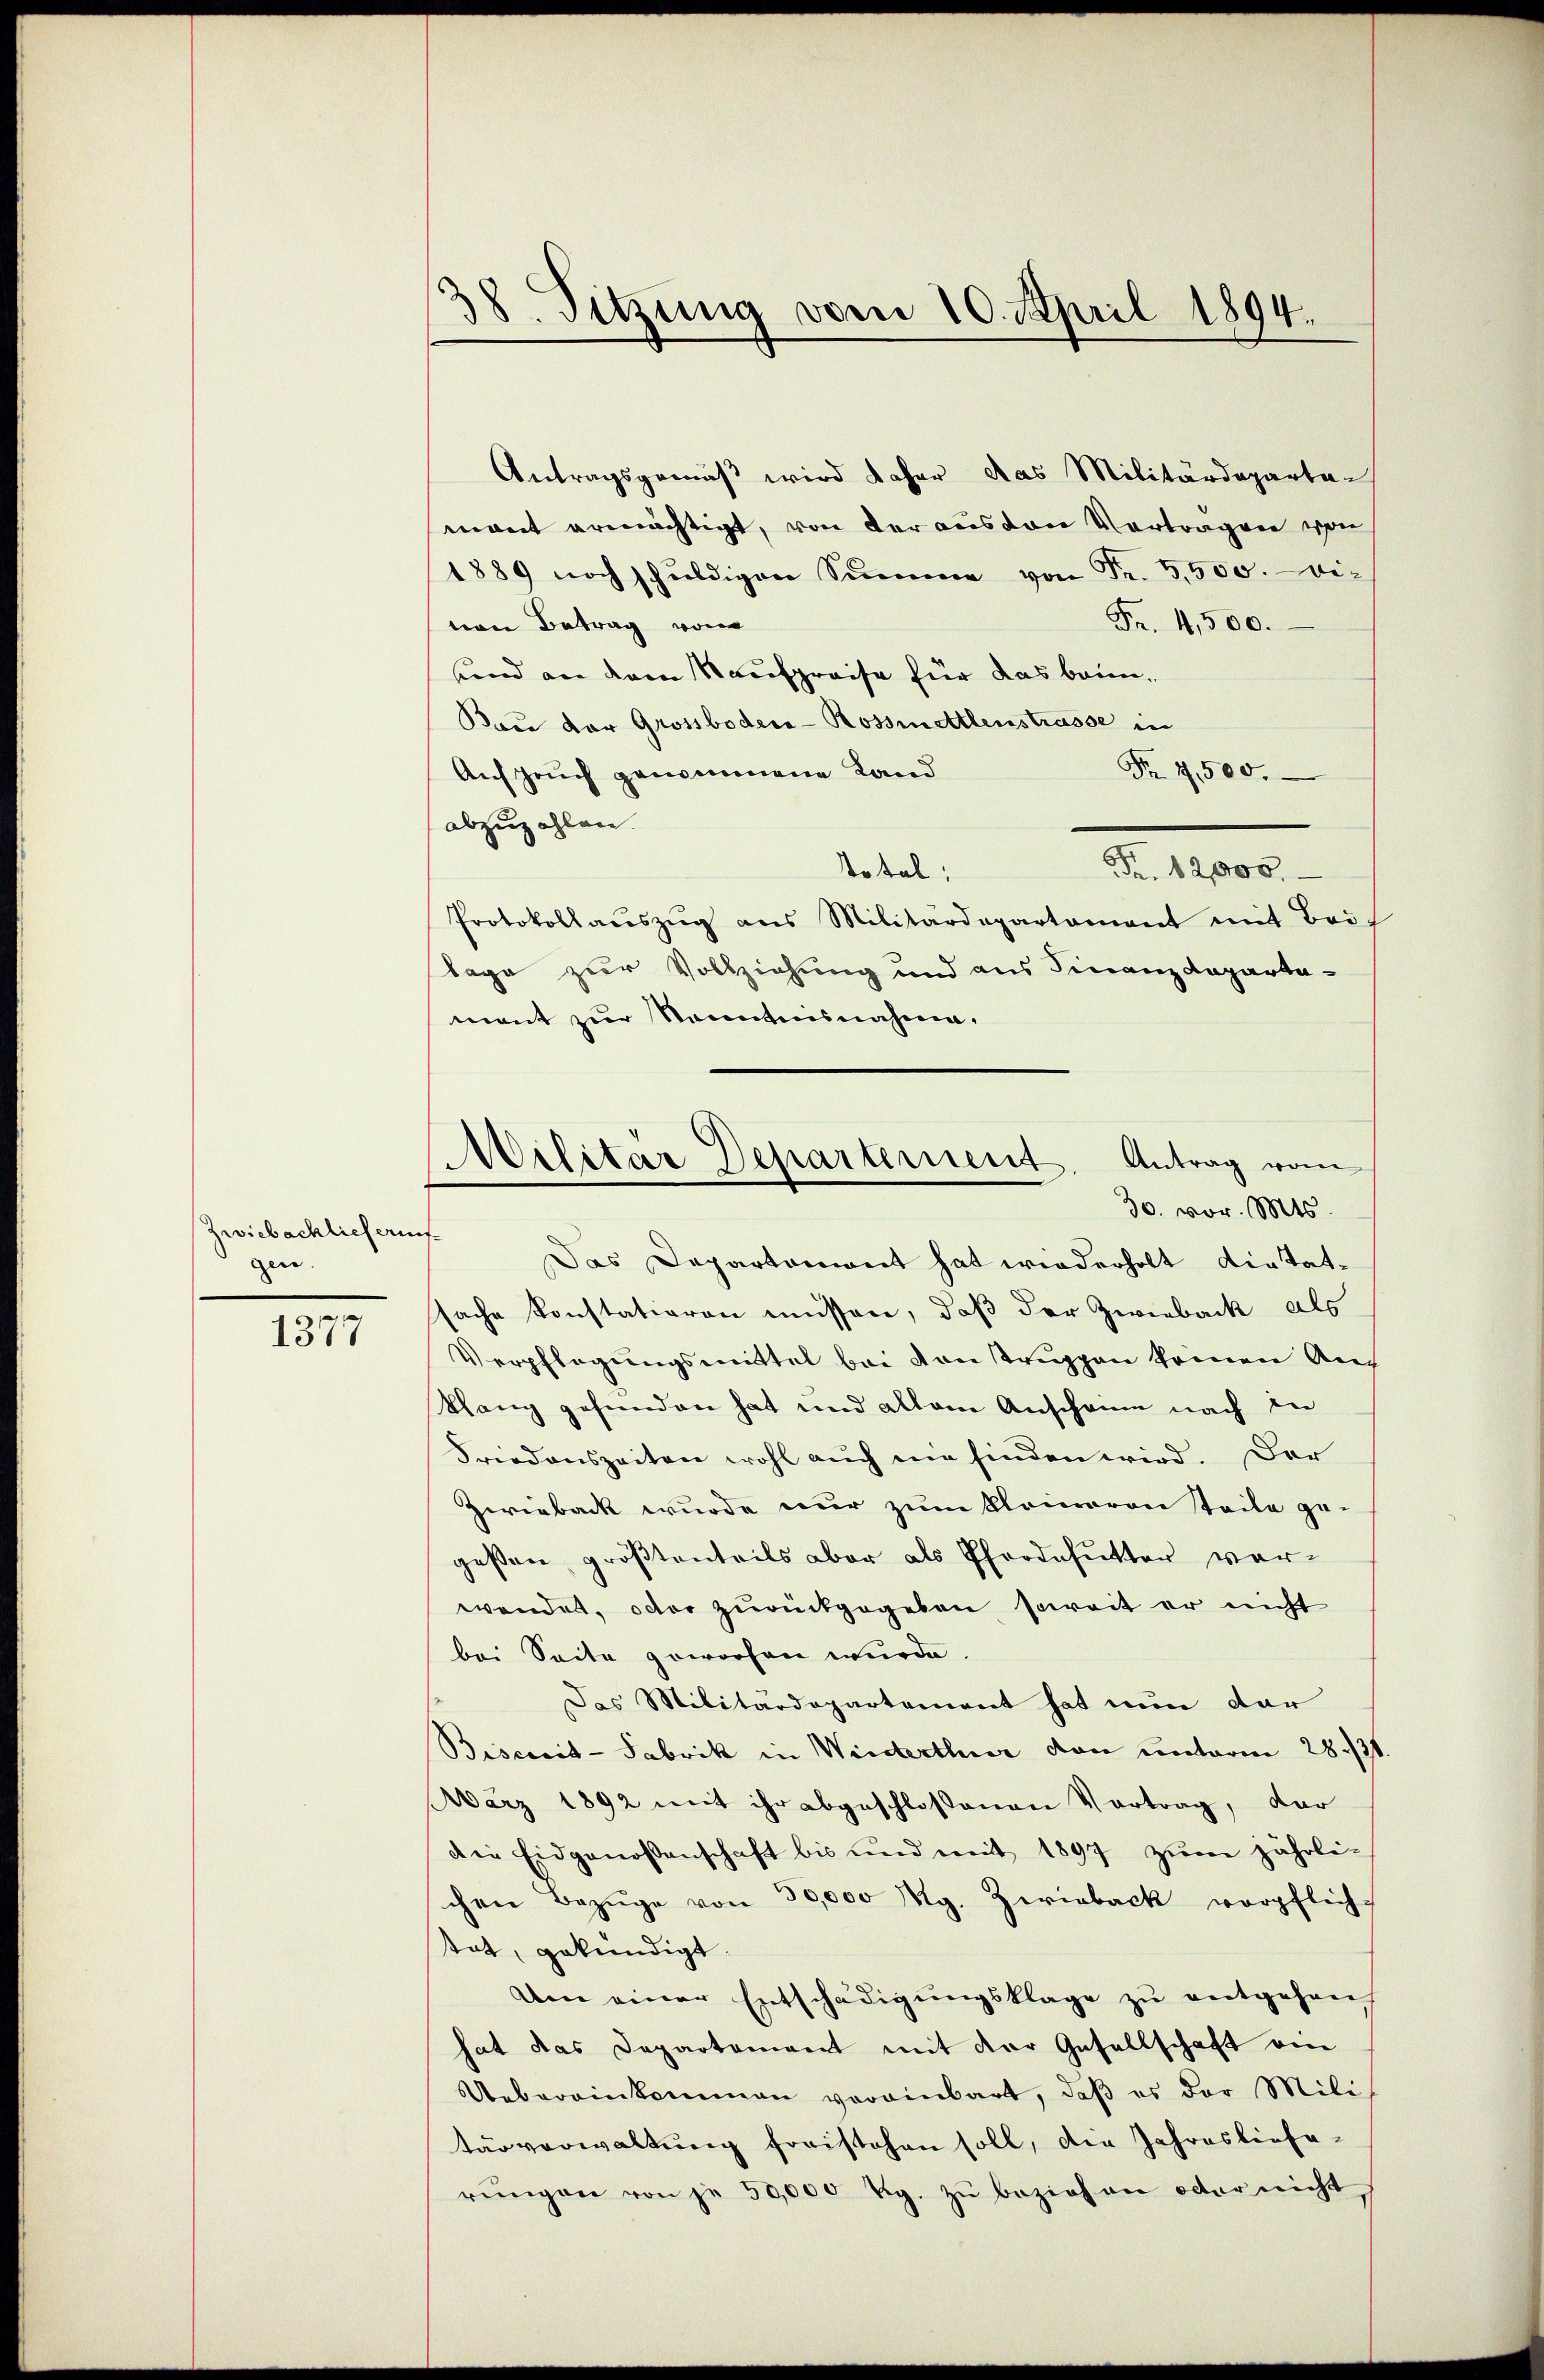
Zwiebacklicheruf
gen.

e
1377

18. Sitzung vom 10. April 1894.

Militär Departement. Antrag vom
30. vor. Mts.

Antragsgemäß wird daher das Militärdeparten
mant ermächtigt, von der aus von Vortragen von
1889 noch schŭldigen Summe von Fr. 3,500. bi-
Fr. 4,500.
von Betrag von
unnd an dem Kaufpreise für das brin¬
Bau vor Grossboden-Rossinellenstrasse in
Aufzeuch genommene Land
Nr. 4,500.
abzuzahlen.
Fr. 12,000.
Total:
Protokollaŭszŭg ans Militärdepartement mit Bris
Tage zur Vollziehung und aus Finanzdepartamant zur Kenntnisnahme.
Das Departement hat wiederholt dietatsache konstationen müssen, daß der Zwieback als
Verpflegungsmittel bei von truppen kommen Auf
Klang gefunden hat und allein Anschanne nach in
Friedenszeiten wohl auch ein finden wird. Der
Zwieback wurde nur zum Kleineren Teile gegeßen, größtenteils aber als Pferdefutter vorwendet, oder zurückgegeben, soweit er nicht
bei Seite geworfen wurde.
Das Militärdepartement hat nun dar
Bisereit-Fabrik in Winterthur von unterm 28./31
März 1892 mit ihr abgeschlossenen Vortrag, der
Die Eidgenossenschaft bis und mit 1897 zŭm jährli-
chen Bezüge von 30,000 Mg. Zwieback verpflich-
tat, gekündigt.
Am einer Entschädigŭngsklage zŭ entgehen
hat das Departement mit der Gesellschaft von
Uebereinkommen vereinbart, daß es der Militärverwaltŭng forstehen soll, der Jahreslieferŭngen von je 50,000 Rp. zŭ beziehen oder nicht